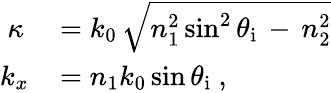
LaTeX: \begin{array}{rl}{\kappa}&{{}=k_{0}\, {\sqrt{n_{1}^{2}\sin^{2}\theta_{\mathrm{i}}\, -\, n_{2}^{2}}}}\\ {k_{x\! }}&{{}=n_{1}k_{0}\sin\theta_{\mathrm{i}}~,}\end{array}